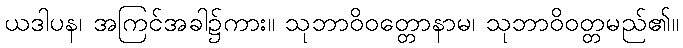
ယဒါပန၊ အကြင်အခါ၌ကား။ သုဘာဝိဝတ္တောနာမ၊ သုဘာဝိဝတ္တမည်၏။